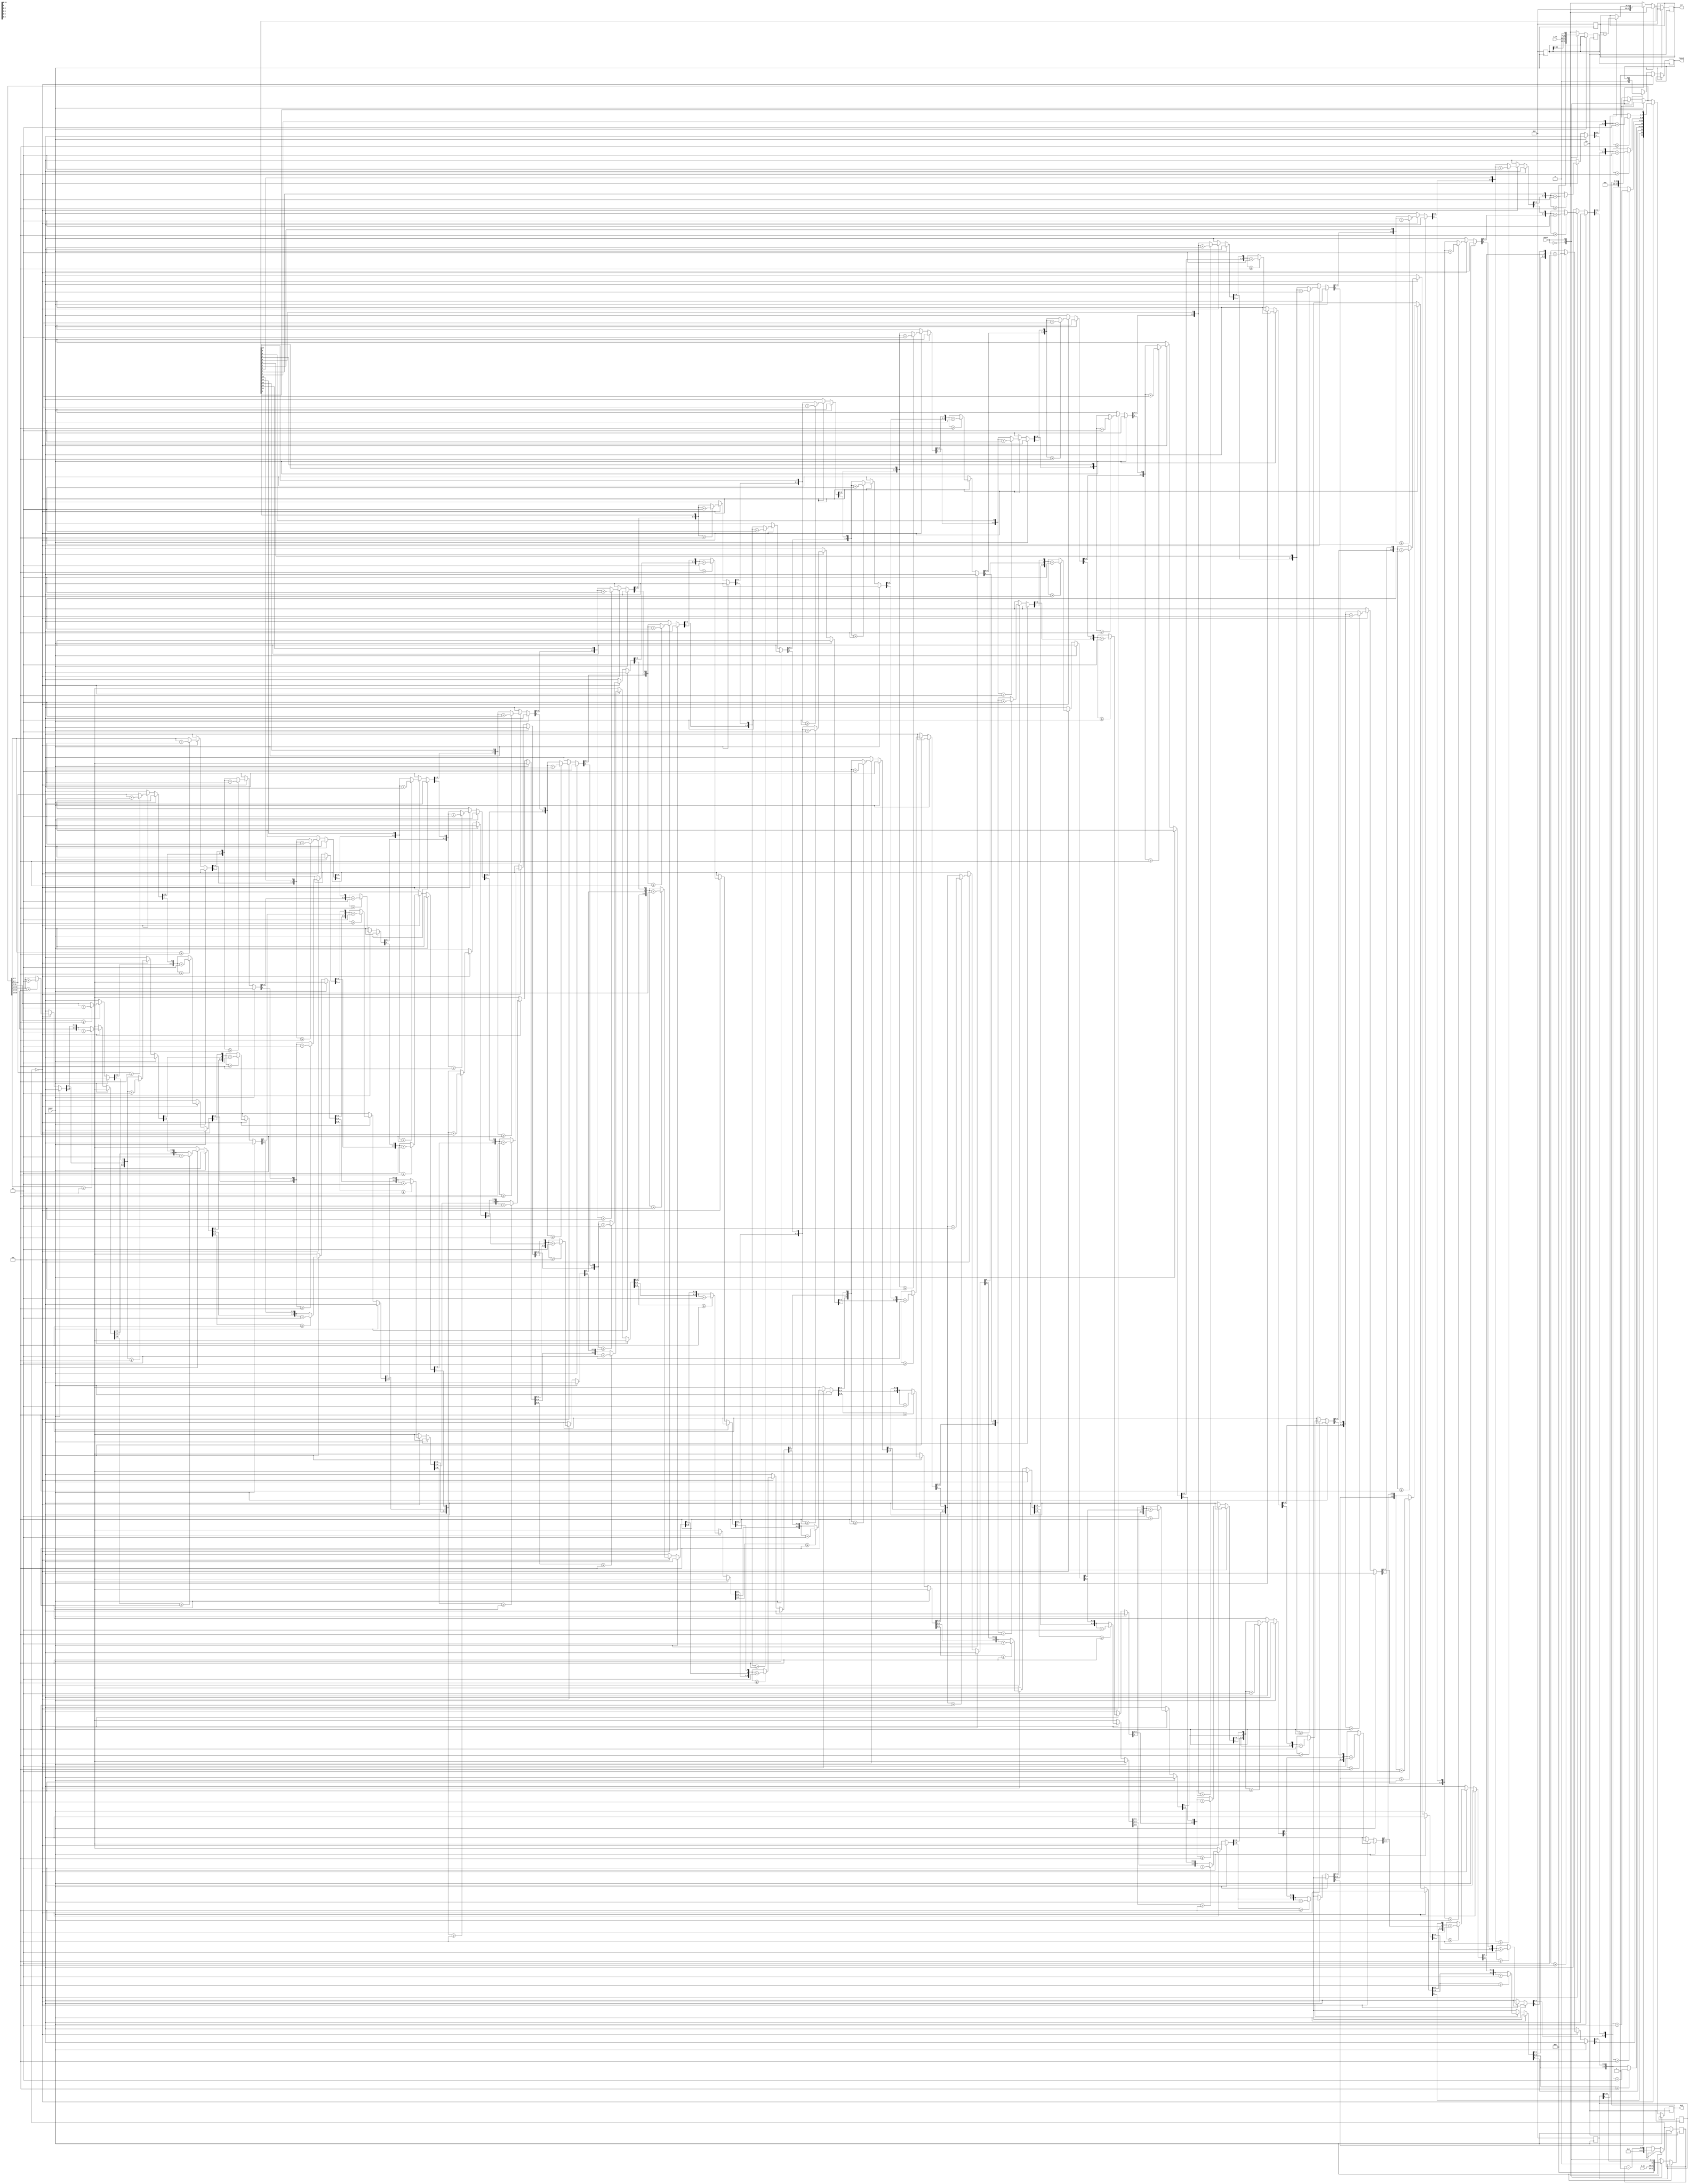
////////////////////////////////////////////////////////////////////////
//
// Copyright (C) 2022 Gunjan Lunkad <gl.ece43@gmail.com>
//
// Description: General N bit Multiplier
//
//
// License: MIT
//
////////////////////////////////////////////////////////////////////////
module multiplier(
		out, a_in, b_in, clk, start, reset, finish, bcd
	);
	
parameter N = 8;

// Outputs
output[(((N*2)/3)+1)*4-1:0] bcd; 
output[(N*2)-1:0] out;
output finish;

// Inputs
input start;
input clk;
input reset;
input [N-1:0] a_in;
input [N-1:0] b_in;

// Reference registers
reg[(((N*2)/3)+1)*4-1:0] bcd_reg = 0;
reg[(N*2)-1:0] out_reg;
reg finish_reg = 0;
reg [(N*2)-1:0] a_in_reg;
reg [(N*2)-1:0] b_in_reg;
reg [8:0] bits;

// Continuous assignment
assign bcd = bcd_reg; 
assign out = out_reg;
assign finish = finish_reg;

integer i, j;  

// Reset clk and inputs
always @(negedge reset)
begin
	out_reg = 0;
	a_in_reg = 0;
	b_in_reg = 0;
end

always @(posedge clk)
begin
	if(!reset)
	begin
		case(start)
			1'b0: begin
				a_in_reg = a_in;
				b_in_reg = b_in;
				bits = N;
				finish_reg = 0;
				out_reg = 0;
				bcd_reg = 0; 
				$display("Values loaded into the input register!");
			end
			
			1'b1: begin
				if(b_in_reg[0]==1)
				begin
					out_reg = out_reg + a_in_reg;
				end
				bits = bits - 1;
				a_in_reg = a_in_reg<<1;
				b_in_reg = b_in_reg>>1;				
			end
		endcase
		if(bits==0)
		begin
			$display("Multiplication completed!");
			finish_reg = 1'b1;
			
			//----------------------------------------------------------------------
			// conversion of binary to bcd
			for(i=0;i<(N*2);i=i+1)
			begin
				if (3 <= (((N*2)/3)+1)*4-1 && bcd_reg[3:0] >= 5) bcd_reg[3:0] = bcd_reg[3:0] + 3;		
				if (7 <= (((N*2)/3)+1)*4-1 && bcd_reg[7:4] >= 5) bcd_reg[7:4] = bcd_reg[7:4] + 3;
				if (11 <= (((N*2)/3)+1)*4-1 && bcd_reg[11:8] >= 5) bcd_reg[11:8] = bcd_reg[11:8] + 3;
				if (15 <= (((N*2)/3)+1)*4-1 && bcd_reg[15:12] >= 5) bcd_reg[15:12] = bcd_reg[15:12] + 3;
				if (19 <= (((N*2)/3)+1)*4-1 && bcd_reg[19:16] >= 5) bcd_reg[19:13] = bcd_reg[19:13] + 3;
				bcd_reg = {bcd_reg[(((N*2)/3)+1)*4-2:0],out_reg[(N*2)-1-i]};
			end
			//----------------------------------------------------------------------
			$display("Conversion of binary to BCD completed!");

		end
	end
end
endmodule